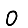
Digit: 0